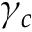
\gamma _ { c }